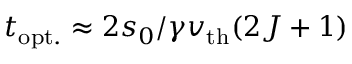
t _ { \mathrm { o p t . } } \approx 2 s _ { 0 } / \gamma v _ { \mathrm { t h } } ( 2 J + 1 )